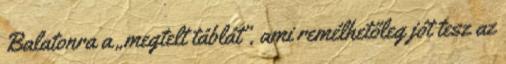
Balatonra a „megtelt táblát”, ami remélhetőleg jót tesz az